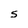
Character: s